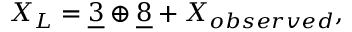
X _ { L } = \underline { { { 3 } } } \oplus \underline { { { 8 } } } + X _ { o b s e r v e d } ,